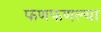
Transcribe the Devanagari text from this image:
फणफणल्या